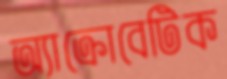
অ্যাক্রোবেটিক